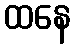
ထနေ